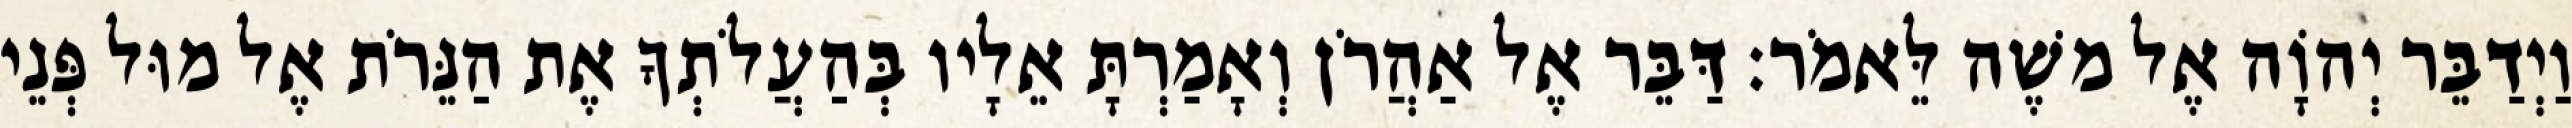
וַיְדַבֵּר יְהוָֹה אֶל משֶׁה לֵּאמֹר׃ דַּבֵּר אֶל אַהֲרֹן וְאָמַרְתָּ אֵלָיו בְּהַעֲלֹתְךָ אֶת הַנֵּרֹת אֶל מוּל פְּנֵי